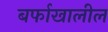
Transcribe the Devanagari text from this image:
बर्फाखालील